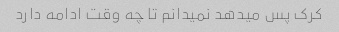
کرک پس میدهد نمیدانم تا چه وقت ادامه دارد